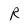
Character: R